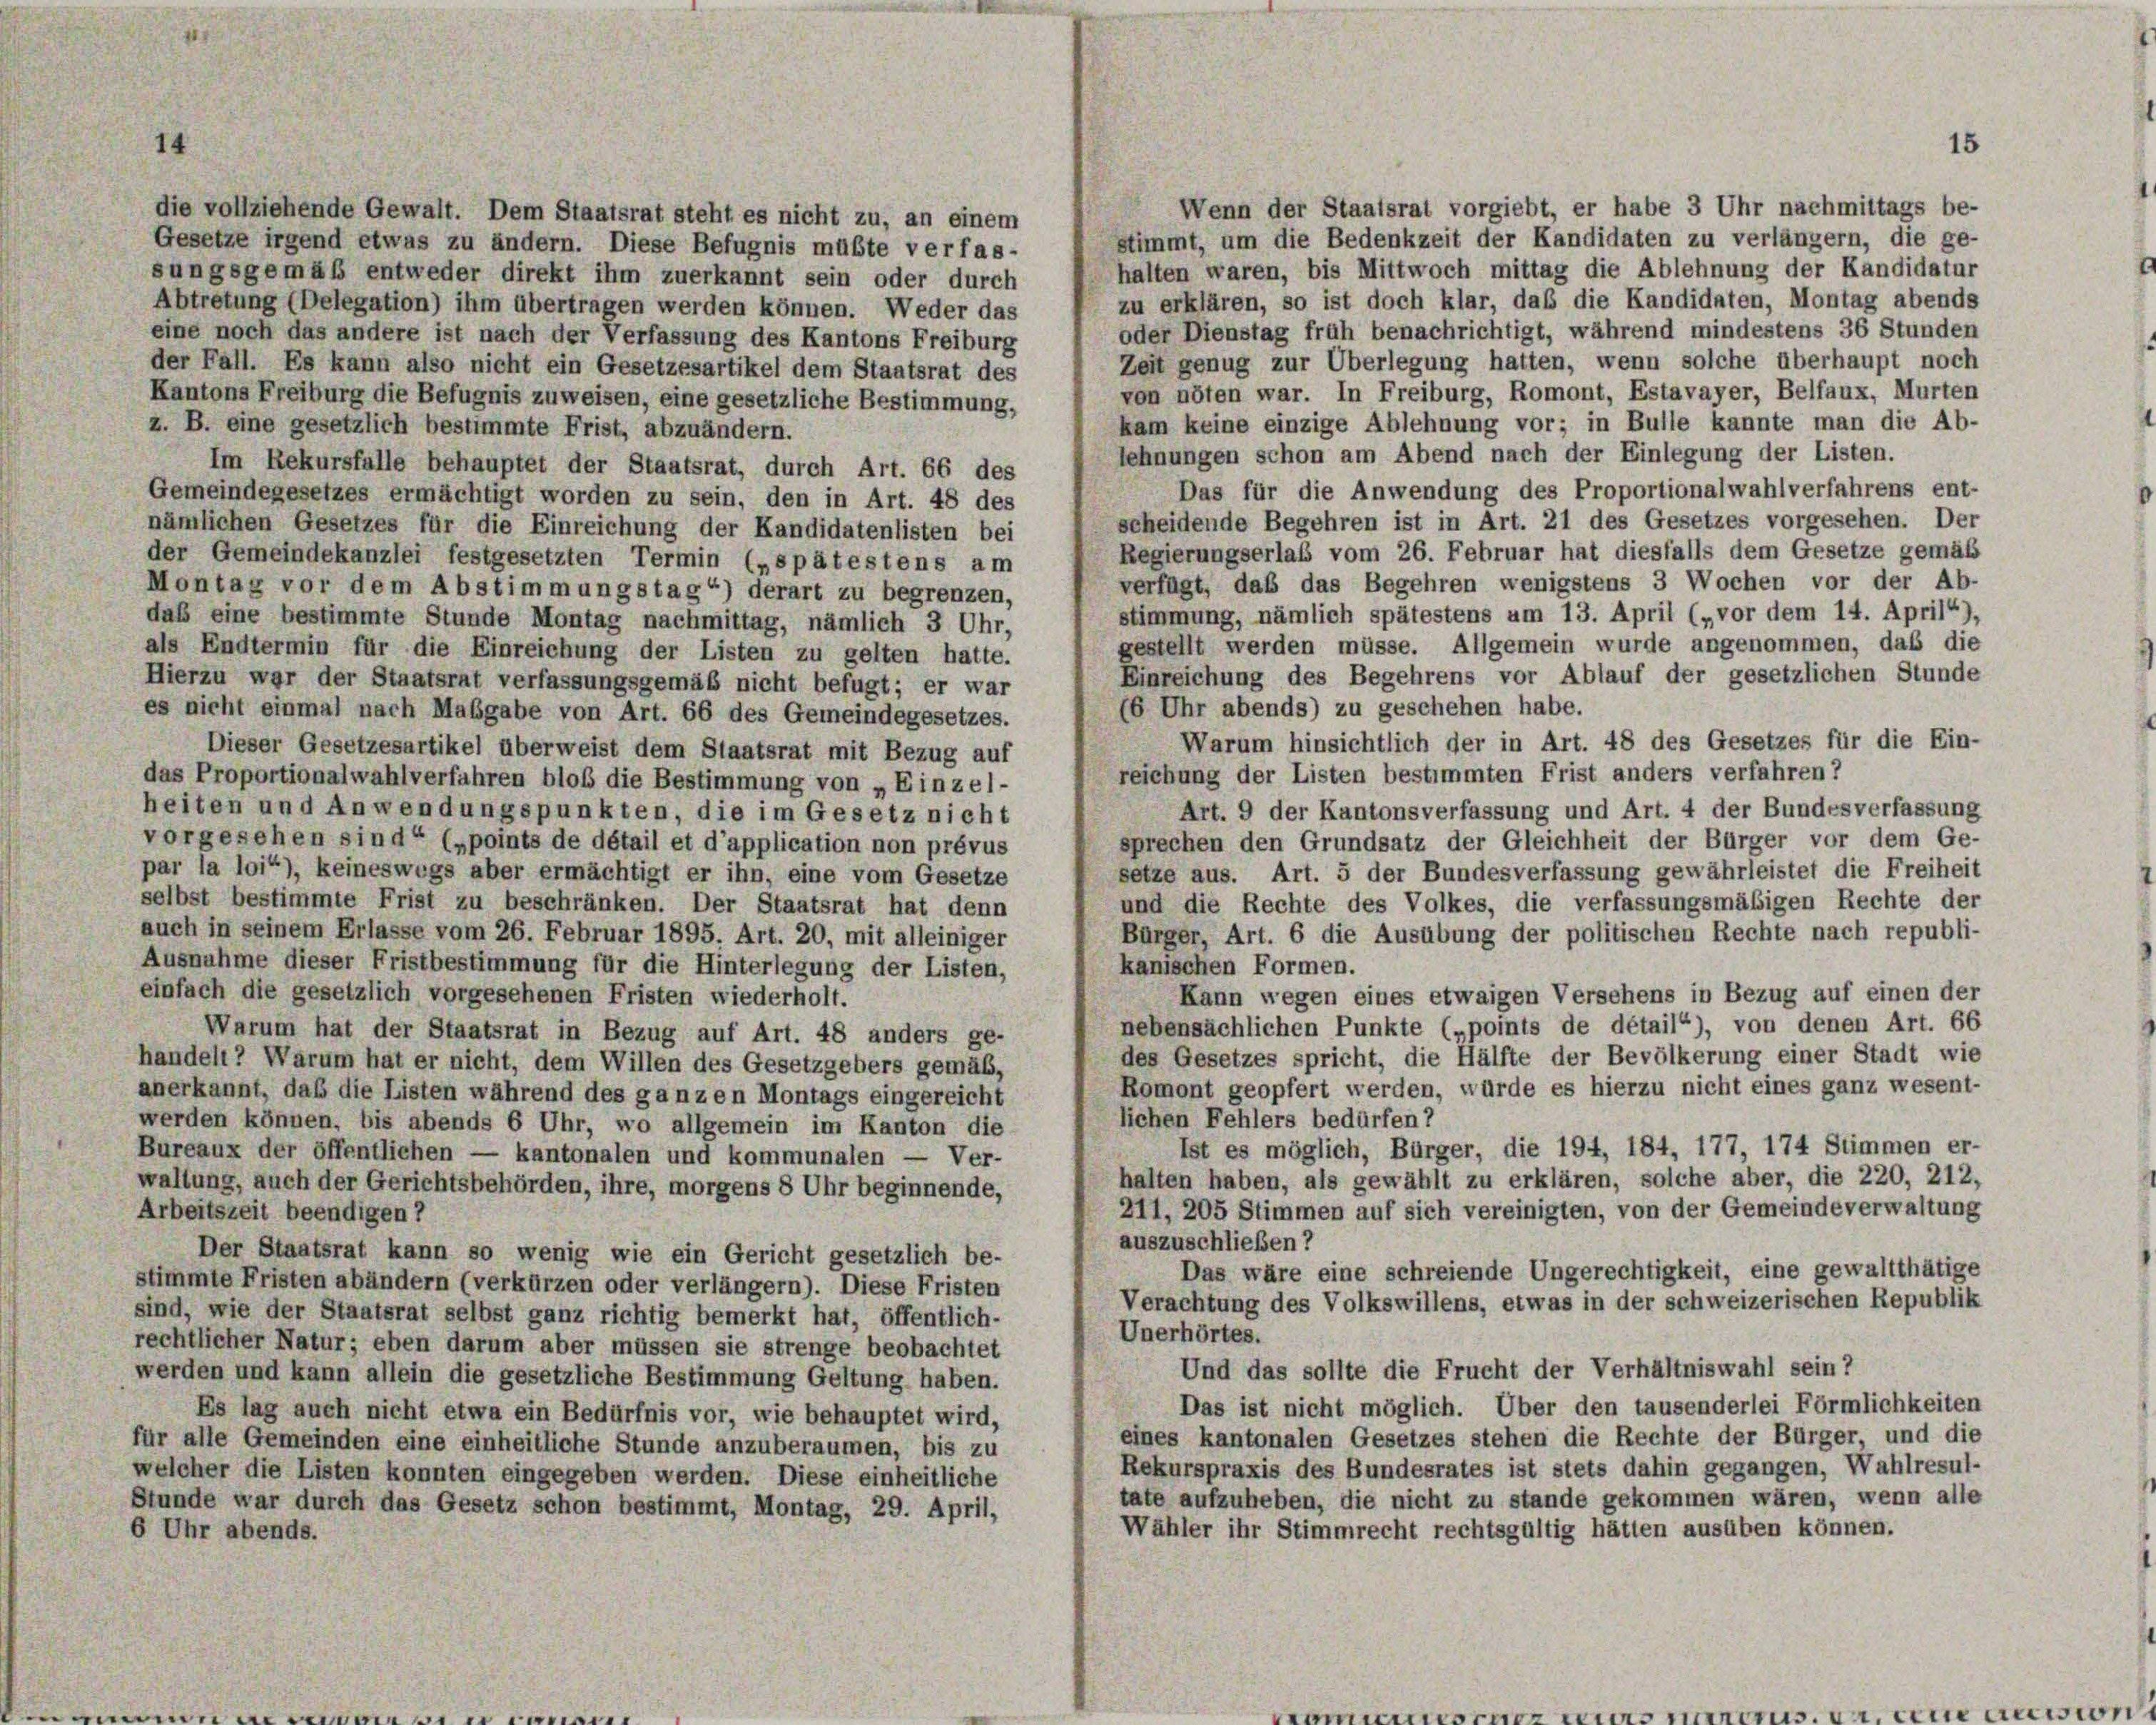
4

Wenn der Staatsrat vorgiebt, er habe 3 Uhr nachmittags be-
die vollziehende Gewalt. Dem Staatsrat steht es nicht zu, an einem
stimmt, um die Bedenkzeit der Kandidaten zu verlängern, die ge-
Gesetze irgend etwas zu ändern. Diese Befugnis müßte verfas-
halten waren, bis Mittwoch mittag die Ablehnung der Kandidatur
sungsgemäß entweder direkt ihm zuerkannt sein oder durch
zu erklären, so ist doch klar, daß die Kandidaten, Montag abends
Abtretung (Delegation) ihm übertragen werden können. Weder das
oder Dienstag früh benachrichtigt, während mindestens 36 Stunden
eine noch das andere ist nach der Verfassung des Kantons Freiburg
Zeit genug zur Überlegung hatten, wenn solche überhaupt noch
der Fall. Es kann also nicht ein Gesetzesartikel dem Staatsrat des
von nöten war. In Freiburg, Romont, Estavayer, Belfaux, Murten
Kantons Freiburg die Befugnis zuweisen, eine gesetzliche Bestimmung,
kam keine einzige Ablehnung vor; in Bulle kannte man die Ab-
z. B. eine gesetzlich bestimmte Frist, abzuändern.
lehnungen schon am Abend nach der Einlegung der Listen.
Im Rekursfalle behauptet der Staatsrat, durch Art. 66 des
Das für die Anwendung des Proportionalwahlverfahrens ent-
Gemeindegesetzes ermächtigt worden zu sein, den in Art. 48 des
scheidende Begehren ist in Art. 21 des Gesetzes vorgesehen. Der
nämlichen Gesetzes für die Einreichung der Kandidatenlisten bei
Regierungserlaß vom 26. Februar hat diesfalls dem Gesetze gemäß
der Gemeindekanzlei festgesetzten Termin („spätestens am
verfügt, daß das Begehren wenigstens 3 Wochen vor der Ab-
Montag vor dem Abstimmungstag“) derart zu begrenzen,
stimmung, nämlich spätestens um 13. April („vor dem 14. April“)
das eine bestimmte Stunde Montag nachmittag, nämlich 3 Uhr,
gestellt werden müsse. Allgemein wurde angenommen, das die
als Endtermin für die Einreichung der Listen zu gelten hatte.
Einreichung des Begehrens vor Ablauf der gesetzlichen Stunde
Hierzu war der Staatsrat verfassungsgemäß nicht befugt; er war
(6 Uhr abends) zu geschehen habe.
es nicht einmal nach Maßgabe von Art. 66 des Gemeindegesetzes.
Warum hinsichtlich der in Art. 48 des Gesetzes für die Ein-
Dieser Gesetzesartikel überweist dem Staatsrat mit Bezug auf
reichung der Listen bestimmten Frist anders verfahren?
das Proportionalwahlverfahren bloß die Bestimmung von „Einzel-
heiten und Anwendungspunkten, die im Gesetz nicht
Art. 9 der Kantonsverfassung und Art. 4 der Bundesverfassung
vorgesehen sind“ („points de détail et d’application non prévus
sprechen den Grundsatz der Gleichheit der Bürger vor dem Ge-
par la loi“), keineswegs aber ermächtigt er ihn, eine vom Gesetze
setze aus. Art. 5 der Bundesverfassung gewährleistet die Freiheit
selbst bestimmte Frist zu beschränken. Der Staatsrat hat denn
und die Rechte des Volkes, die verfassungsmäßigen Rechte der
auch in seinem Erlasse vom 26. Februar 1895. Art. 20, mit alleiniger
Bürger, Art. 6 die Ausübung der politischen Rechte nach republi-
Ausnahme dieser Fristbestimmung für die Hinterlegung der Listen,
kanischen Formen.
einfach die gesetzlich vorgesehenen Fristen wiederholt.
Kann wegen eines etwaigen Versehens in Bezug auf einen der
nebensächlichen Punkte („points de détail“), von denen Art. 66
Warum hat der Staatsrat in Bezug auf Art. 48 anders ge-
des Gesetzes spricht, die Hälfte der Bevölkerung einer Stadt wie
handelt? Warum hat er nicht, dem Willen des Gesetzgebers gemäß,
Romont geopfert werden, würde es hierzu nicht eines ganz wesent-
anerkannt, daß die Listen während des ganzen Montags eingereicht
lichen Fehlers bedürfen?
werden können, bis abends 6 Uhr, wo allgemein im Kanton die
Ist es möglich, Bürger, die 194, 184, 177, 174 Stimmen er-
Bureaux der öffentlichen — kantonalen und kommunalen — Ver-
halten haben, als gewählt zu erklären, solche aber, die 220, 212,
waltung, auch der Gerichtsbehörden, ihre, morgens 8 Uhr beginnende,
211, 205 Stimmen auf sich vereinigten, von der Gemeindeverwaltung
Arbeitszeit beendigen ?
auszuschließen ?
Der Staatsrat kann so wenig wie ein Gericht gesetzlich be-
Das wäre eine schreiende Ungerechtigkeit, eine gewaltthätige
stimmte Fristen abändern (verkürzen oder verlängern). Diese Fristen
Verachtung des Volkswillens, etwas in der schweizerischen Republik
sind, wie der Staatsrat selbst ganz richtig bemerkt hat, öffentlich-
Unerhörtes.
rechtlicher Natur; eben darum aber müssen sie strenge beobachtet
Und das sollte die Frucht der Verhältniswahl sein?
werden und kann allein die gesetzliche Bestimmung Geltung haben.
Das ist nicht möglich. Über den tausenderlei Förmlichkeiten
Es lag auch nicht etwa ein Bedürfnis vor, wie behauptet wird,
eines kantonalen Gesetzes stehen die Rechte der Bürger, und die
für alle Gemeinden eine einheitliche Stunde anzuberaumen, bis zu
Rekurspraxis des Bundesrates ist stets dahin gegangen, Wahlresul-
welcher die Listen konnten eingegeben werden. Diese einheitliche
tate aufzuheben, die nicht zu stande gekommen wären, wenn alle
Stunde war durch das Gesetz schon bestimmt, Montag, 29. April,
Wähler ihr Stimmrecht rechtsgültig hätten ausüben können.
6 Uhr abends.

15